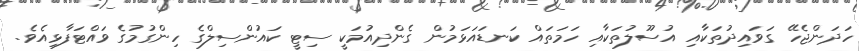
ހަދަންޖެހޭ ގަވައިދުތަކާއި އުސޫލުތަކާއި ހަމަތައް ކަނޑައަޅަމުން ގެންދިއުމަކީ ސިޓީ ކައުންސިލްގެ ހިންގުމުގެ ވައްޓަފާޅިއެވެ.